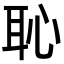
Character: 恥